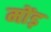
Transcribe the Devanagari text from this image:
मोंड़